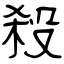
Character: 殺